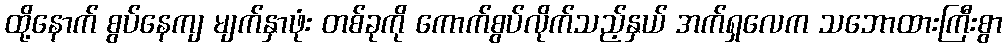
ထို့နောက် စွပ်နေကျ မျက်နှာဖုံး တစ်ခုကို ကောက်စွပ်လိုက်သည့်နှယ် အက်ရှလေက သဘောထားကြီးစွာ